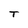
Character: T